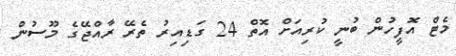
މެޓް އޮފީހުން ބުނީ ކުރިއަށް އޮތް 24 ގަޑިއިރު ތެރޭ ރާއްޖޭގެ މޫސުން